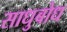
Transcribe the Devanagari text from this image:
साधुबोध